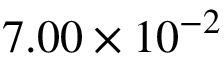
7 . 0 0 \times 1 0 ^ { - 2 }